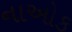
નાઓક